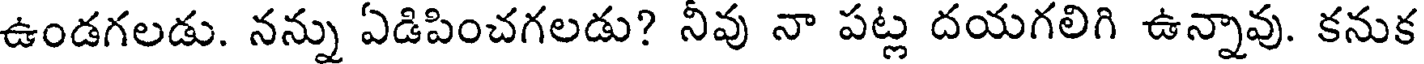
ఉండగలడు. నన్ను ఏడిపించగలడు? నీవు నా పట్ల దయగలిగి ఉన్నావు. కనుక